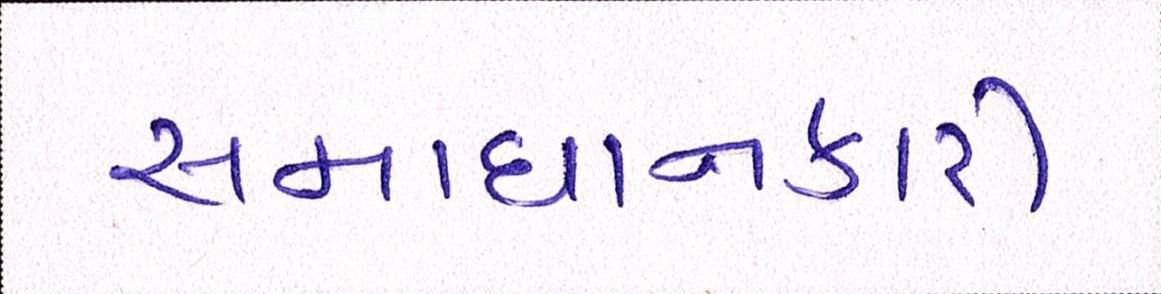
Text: સમાધાનકારી